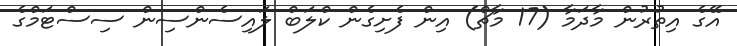
އޭގެ އިތުރުން މާދަމާ (17 މާޗް) އިން ފެށިގެން ކްލަބް ލައިސެންސިން ސިސްޓަމްގެ